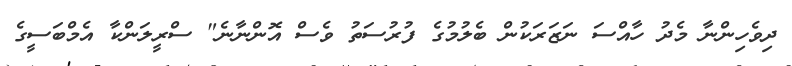
ދިވެހިންނާ މެދު ހާއްސަ ނަޒަރަކުން ބެލުމުގެ ފުރުސަތު ވެސް އޮންނާނެ" ސްރީލަންކާ އެމްބަސީގެ